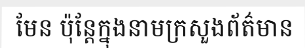
មែន ប៉ុន្តែក្នុងនាមក្រសួងព័ត៌មាន